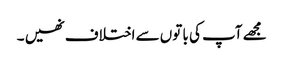
مجھے آپ کی با توں سے اختلاف نھیں ۔